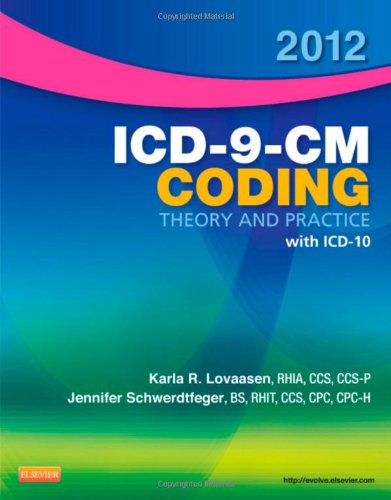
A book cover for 2012 ICD-9-CM Coding Theory and Practice with ICD-10, 1e; Karla R. Lovaasen RHIA  CCS  CCS-P; Medical Books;